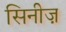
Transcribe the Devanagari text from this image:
सिनीज़